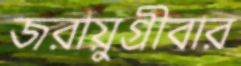
জরায়ুগ্রীবার